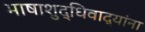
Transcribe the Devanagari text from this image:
भाषाशुद्धिवाद्यांना